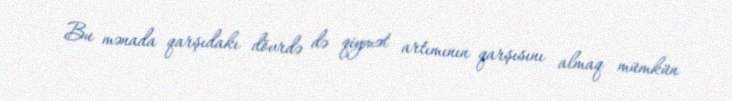
Bu mənada qarşıdakı dövrdə də qiymət artımının qarşısını almaq mümkün